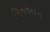
મિજબાન